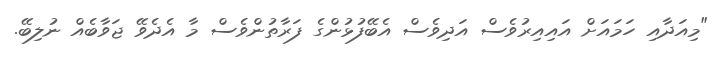
"މިއަދާއި ހަމައަށް އައިއިރުވެސް އަދިވެސް އެބޭފުޅުންގެ ފަރާތުންވެސް މާ އެދެވޭ ޖަވާބެއް ނުލިބޭ.